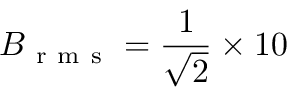
B _ { \mathrm { ~ r ~ m ~ s ~ } } = \frac { 1 } { \sqrt { 2 } } \times 1 0